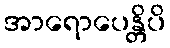
အာရောပေန္တိပိ